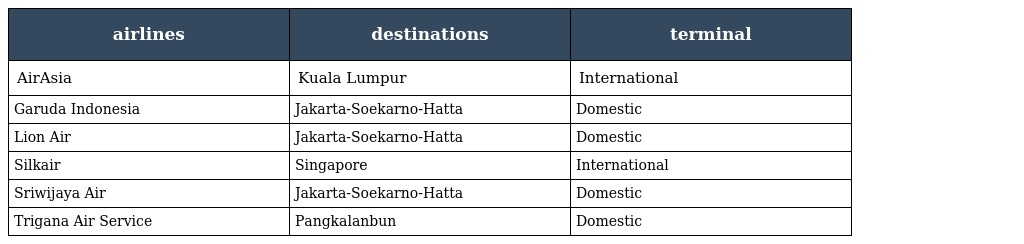
| airlines | destinations | terminal |
 | --- | --- | --- |
 | AirAsia | Kuala Lumpur | International |
 | Garuda Indonesia | Jakarta-Soekarno-Hatta | Domestic |
 | Lion Air | Jakarta-Soekarno-Hatta | Domestic |
 | Silkair | Singapore | International |
 | Sriwijaya Air | Jakarta-Soekarno-Hatta | Domestic |
 | Trigana Air Service | Pangkalanbun | Domestic |